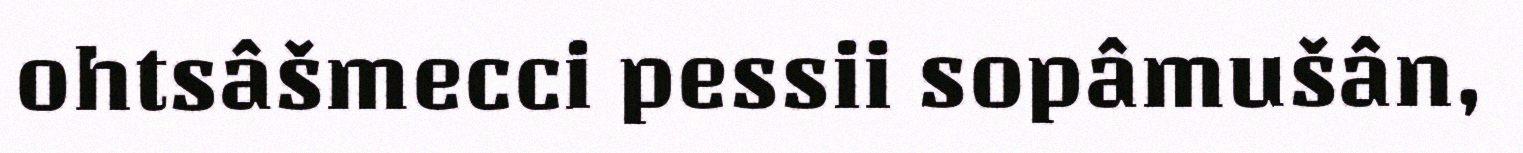
ohtsâšmecci pessii sopâmušân,